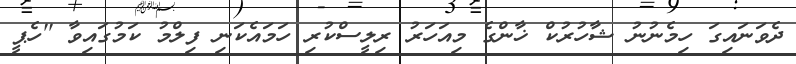
ދެވަނައިގަ ހިމެނުނު ޝާހުރުކް ޚާންގެ މިއަހަރު ރިލީސްކުރި ހަމައެކަނި ފިލްމު ކަމުގައިވާ ''ހެޕީ